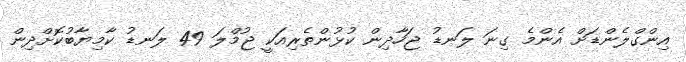
އިންގްލެންޑަށް އެންމެ ގިނަ ލަނޑު ޖަހާދިން ކުޅުންތެރިއަކީ ޖުމްލަ 49 ލަނޑު ކާމިޔާބުކޮށްދިން